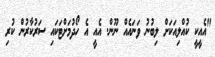
"އެއީކީ ކުއްލިއަކަށް ލިބުނު ވަނައެއްް ނޫން. އެއީ އެ ހޯދުމަށްޓަކައި ސަރުކާރުން ކުރި